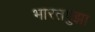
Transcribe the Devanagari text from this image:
भारतपुझा